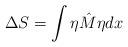
LaTeX: \begin{align*}\Delta S = \int \eta\hat{M}\eta dx\end{align*}